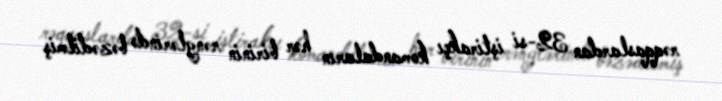
rəqqaslardan 32-si iştirakçı komandaların hər birinin rənglərində bəzədilmiş